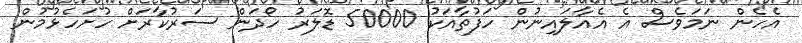
އެހެން ނަމަވެސް އެ އެއާލައިނުން ހަފުތާއަކު 50000 ޑޮލަރު ހޯދަން ސަރުކާރަށް ހުށަހެޅުމުން